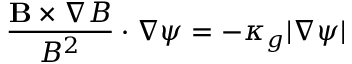
\frac { \mathbf { B } \times \nabla B } { B ^ { 2 } } \cdot \nabla \psi = - \kappa _ { g } | \nabla \psi |